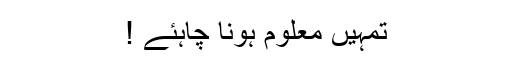
تمہیں معلوم ہونا چاہئے !